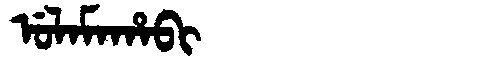
Manchu: ᡠᠯᠠᠮᠠᡥᠠᠪᡳ
Romanization: ULAMAHABI